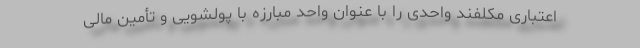
اعتباری مکلفند واحدی را با عنوان واحد مبارزه با پولشویی و تأمین مالی